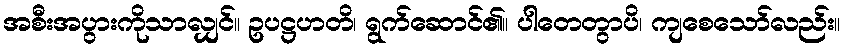
အစီးအပွားကိုသာလျှင်။ ဥပဋ္ဌဟတိ၊ ရွက်ဆောင်၏။ ပါတေတွာပိ၊ ကျစေသော်လည်း။